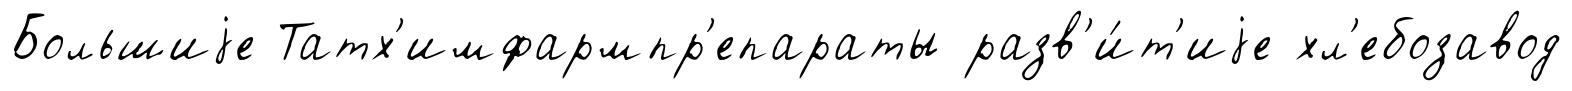
Большиjе Татх'имфармпр'епараты разв'и́т'иjе хл'ебозавод